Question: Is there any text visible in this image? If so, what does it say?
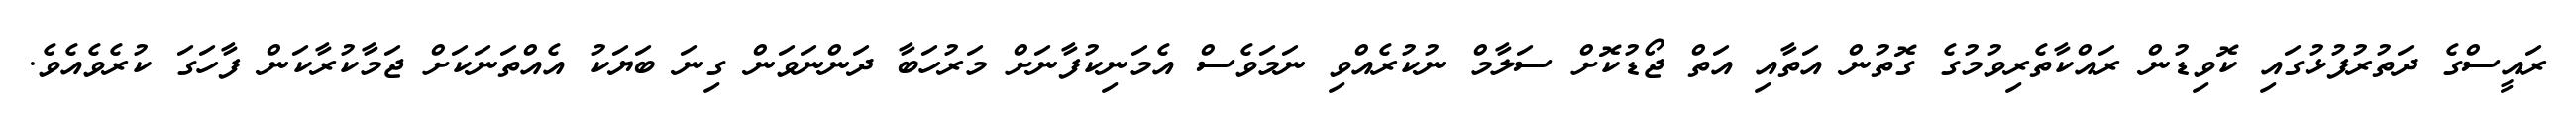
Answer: ރައީސްގެ ދަތުރުފުޅުގައި ކޮވިޑުން ރައްކާތެރިވުމުގެ ގޮތުން އަތާއި އަތް ޖޯޑުކޮށް ސަލާމް ނުކުރެއްވި ނަމަވެސް އެމަނިކުފާނަށް މަރުހަބާ ދަންނަވަން ގިނަ ބަޔަކު އެއްތަނަކަށް ޖަމާކުރާކަން ފާހަގަ ކުރެވެއެވެ.